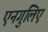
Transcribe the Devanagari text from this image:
एनगुलिए